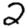
Digit: 2